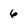
Character: 6